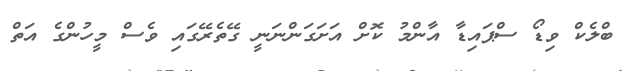
ބްލެކް ވިޑޯ ސްޕައިޑާ އާންމު ކޮށް އަށަގަންނަނީ ގޭތެރޭގައި ވެސް މީހުންގެ އަތް